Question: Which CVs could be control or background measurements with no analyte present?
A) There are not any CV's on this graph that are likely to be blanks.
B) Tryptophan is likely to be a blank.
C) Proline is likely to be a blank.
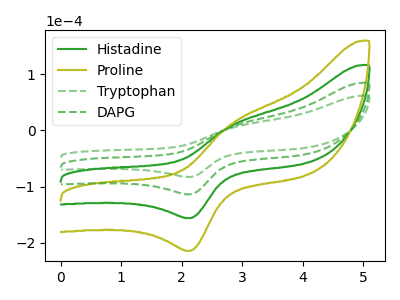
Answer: <think>The green curve "Histadine" has an anodic peak at (2.85V, 15.45uA) and a cathodic peak at (2.15V, -227.60uA). The olive curve "Proline" has an anodic peak at (2.85V, 23.15uA) and a cathodic peak at (2.15V, -341.40uA). The green dashed curve "Tryptophan" has an anodic peak at (2.85V, 5.65uA) and a cathodic peak at (2.15V, -82.95uA). The green dashed curve "DAPG" has an anodic peak at (2.85V, 7.70uA) and a cathodic peak at (2.15V, -113.80uA).</think>
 <answer>A) There are not any CV's on this graph that are likely to be blanks.</answer>
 <eval>A</eval>